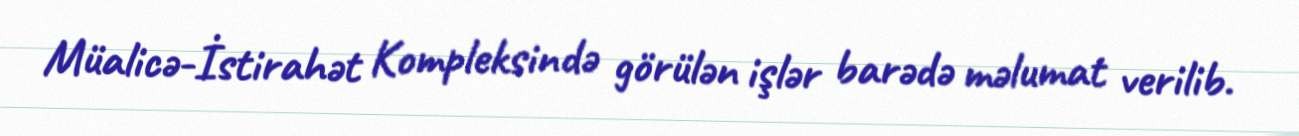
Müalicə-İstirahət Kompleksində görülən işlər barədə məlumat verilib.